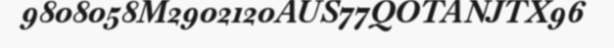
9808058M2902120AUS77QOTANJTX96